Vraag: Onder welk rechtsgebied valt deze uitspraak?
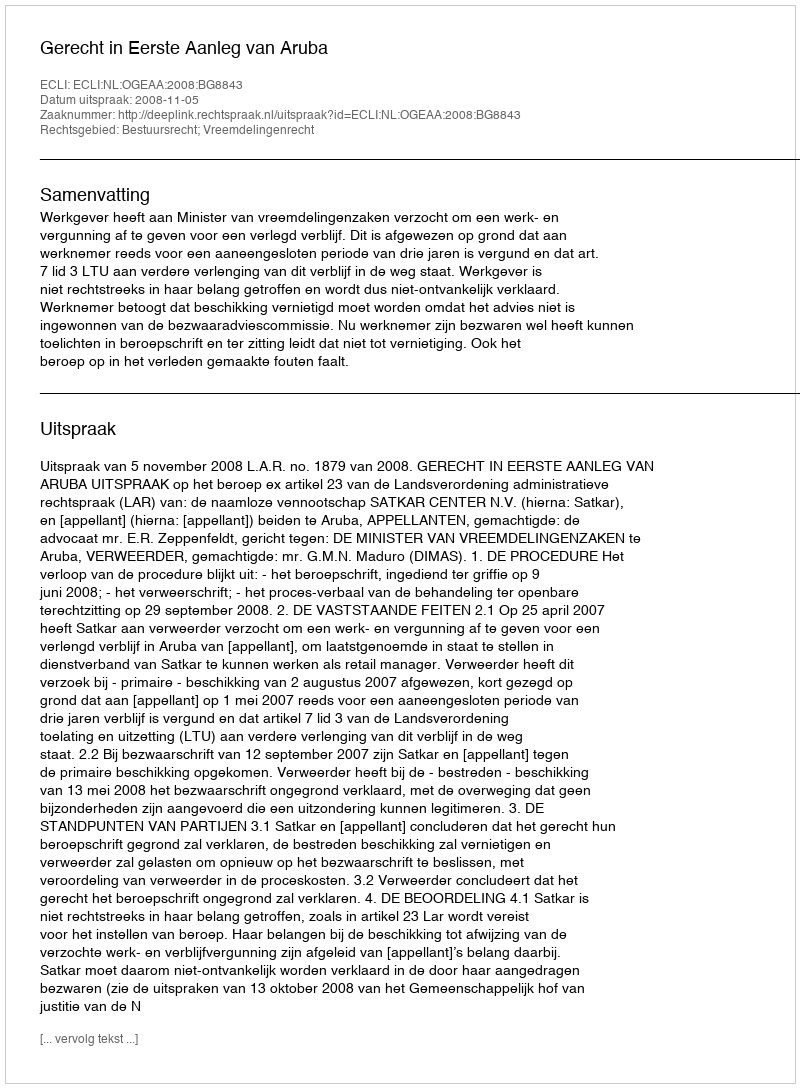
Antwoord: Bestuursrecht; Vreemdelingenrecht